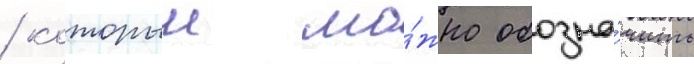
/ которыи мо́жно обозна́чить